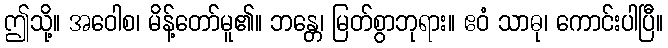
ဤသို့။ အဝေါစ၊ မိန့်တော်မူ၏။ ဘန္တေ၊ မြတ်စွာဘုရား။ ဧဝံ သာဓု၊ ကောင်းပါပြီ။